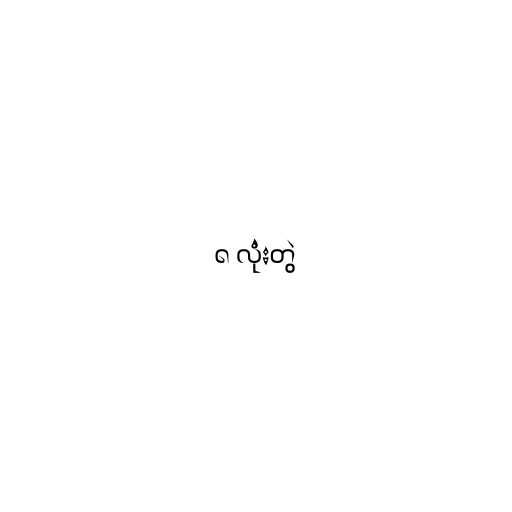
၈ လုံးတွဲ